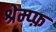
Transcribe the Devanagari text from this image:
श्रेम्प्फ़